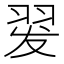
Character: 𰭡